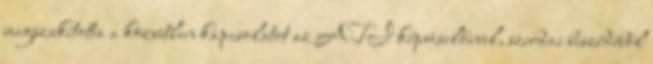
megszakította a közvetlen kapcsolatot az ATI képviselőivel, szerdai beszédéből